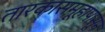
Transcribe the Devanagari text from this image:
तारकासमूहापासून